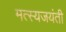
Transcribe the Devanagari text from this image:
मत्स्यजयंती